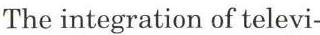
The integration of televi-